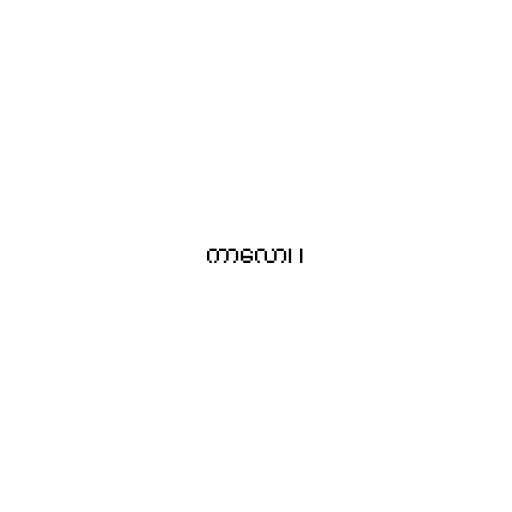
ကာလော၊ ၊